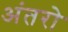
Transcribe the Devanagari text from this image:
अंतरो